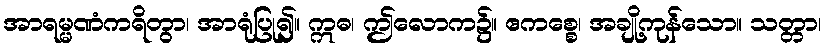
အာရမ္မဏံကရိတွာ၊ အာရုံပြု၍။ ဣဓ၊ ဤလောက၌။ ဧကစ္စေ၊ အချို့ကုန်သော။ သတ္တာ၊